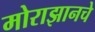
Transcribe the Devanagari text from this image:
मोराझानचे